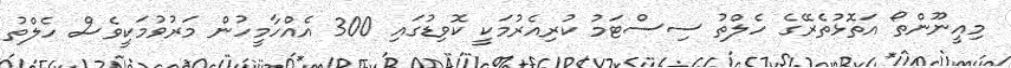
މިއީނޫންތޯ އަތޮޅުތެރޭގެ ހެލްތު ސިސްޓަމު ކުރިއެރުމަކީ ކޮވިޑުގައި 300 އެއްހާމީހުން މަރުވުމަކީވެސް ހެލްތު